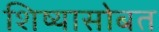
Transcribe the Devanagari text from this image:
शिष्यासोबत